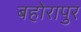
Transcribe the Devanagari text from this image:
बहोरापुर